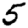
Digit: 5